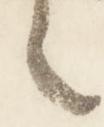
言